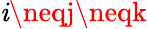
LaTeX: \mathit{i}\neqj\neqk